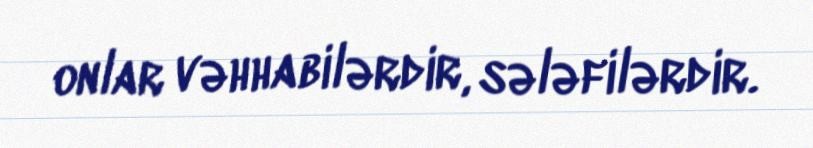
onlar vəhhabilərdir, sələfilərdir.